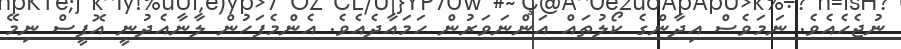
ނުޖެހެއެވެ. ނަމަވެސް އިދާންގެ ކޯލުތައް އަންނަވަރުން ހަމައާދެއެވެ. އެންމެފަހުން ލާނާއެދުނީ އޮފީސް ނިމޭ